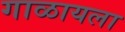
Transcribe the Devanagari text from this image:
गाळायला